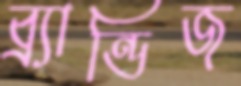
ব্র্যান্ডিজ